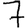
Digit: 7